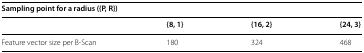
<table><thead><tr><td colspan="4"><b>Sampling point for a radius ({P, R})</b></td></tr><tr><td></td><td><b>{8, 1}</b></td><td><b>{16, 2}</b></td><td><b>{24, 3}</b></td></tr></thead><tbody><tr><td>Feature vector size per B-Scan</td><td>180</td><td>324</td><td>468</td></tr></tbody></table>